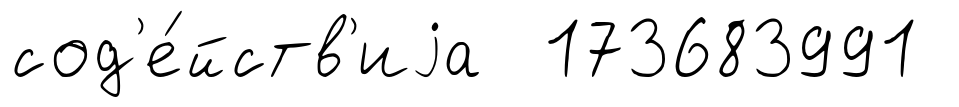
сод'е́йств'иjа 173683991